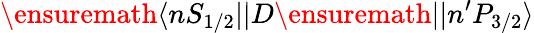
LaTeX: \ensuremath{\langle nS_{1/2}||}D\ensuremath{||n^{\prime}P_{3/2}\rangle}